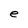
Character: e